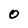
Character: 0